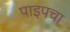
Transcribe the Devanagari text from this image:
पाइपचा